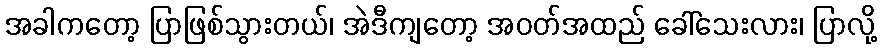
အခါကတော့ ပြာဖြစ်သွားတယ်၊ အဲဒီကျတော့ အဝတ်အထည် ခေါ်သေးလား၊ ပြာလို့